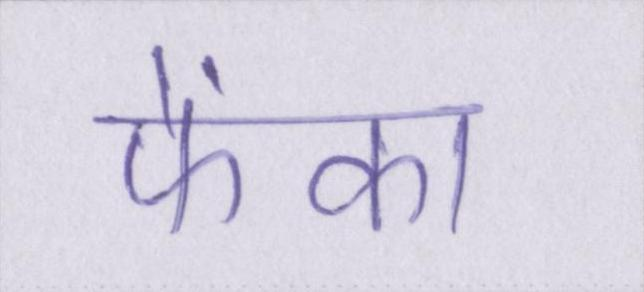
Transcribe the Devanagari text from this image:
फेंका